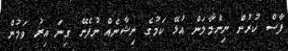
ފާސް ކުރުން ނިންމާލަން އުޅޭ ކަމުގެ ނިޝާނެއް ނުފެނޭ ގިނަ އިރު ވަމުން